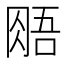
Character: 𰮧